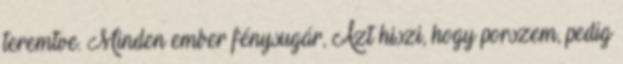
teremtve. Minden ember fénysugár, Azt hiszi, hogy porszem, pedig